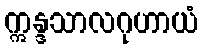
ဣန္ဒသာလဂုဟာယံ